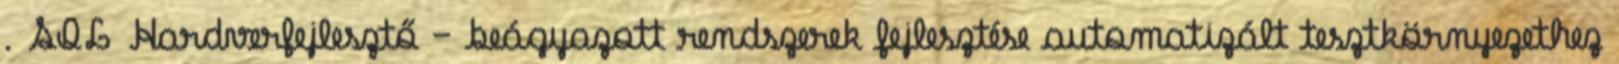
. SQL Hardverfejlesztő – beágyazott rendszerek fejlesztése automatizált tesztkörnyezethez